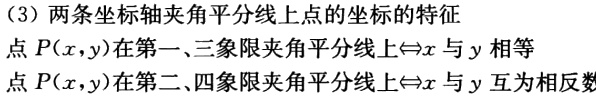
（3）两条坐标轴夹角平分线上点的坐标的特征

点\(P(x,y)\)在第一、三象限夹角平分线上\(\Leftrightarrow x\)与\(y\)相等

点\(P(x,y)\)在第二、四象限夹角平分线上\(\Leftrightarrow x\)与\(y\)互为相反数